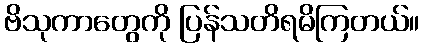
ဗိသုကာတွေကို ပြန်သတိရမိကြတယ်။